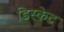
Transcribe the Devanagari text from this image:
डिस्केट